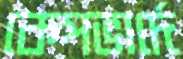
কেপভার্দে